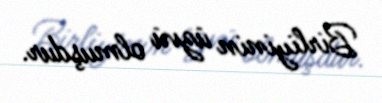
Birliyinin üzvü olmuşdur.